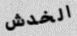
الخدش